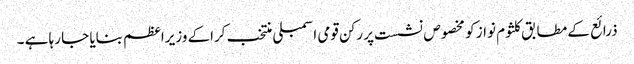
ذرائع کے مطابق کلثوم نواز کو مخصوص نشست پر رکن قومی اسمبلی منتخب کراکے وزیراعظم بنایا جا رہا ہے ۔